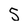
Character: 5